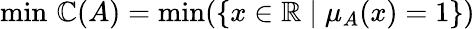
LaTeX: \operatorname*{min}\, \mathbb{C}(A)=\operatorname*{min}(\{ x\in\mathbb{{R}}\mid\mu_{A}(x)=1\} )